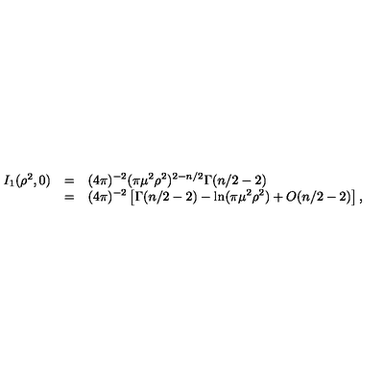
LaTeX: \begin{array} { r c l } { I _ { 1 } ( \rho ^ { 2 } , 0 ) } & { = } & { \displaystyle ( 4 \pi ) ^ { - 2 } ( \pi \mu ^ { 2 } \rho ^ { 2 } ) ^ { 2 - n / 2 } \Gamma ( n / 2 - 2 ) } \\ { } & { = } & { \displaystyle ( 4 \pi ) ^ { - 2 } \left[ \Gamma ( n / 2 - 2 ) - \ln ( \pi \mu ^ { 2 } \rho ^ { 2 } ) + O ( n / 2 - 2 ) \right] , } \\ \end{array}